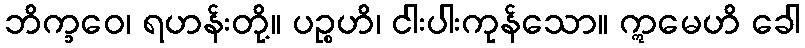
ဘိက္ခဝေ၊ ရဟန်းတို့။ ပဉ္စဟိ၊ ငါးပါးကုန်သော။ ဣမေဟိ ခေါ